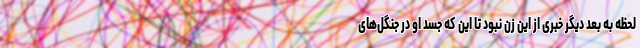
لحظه به بعد دیگر خبری از این زن نبود تا این که جسد او در جنگل‌های